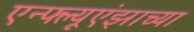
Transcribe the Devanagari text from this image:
एन्फ्ल्यूएंझाच्या